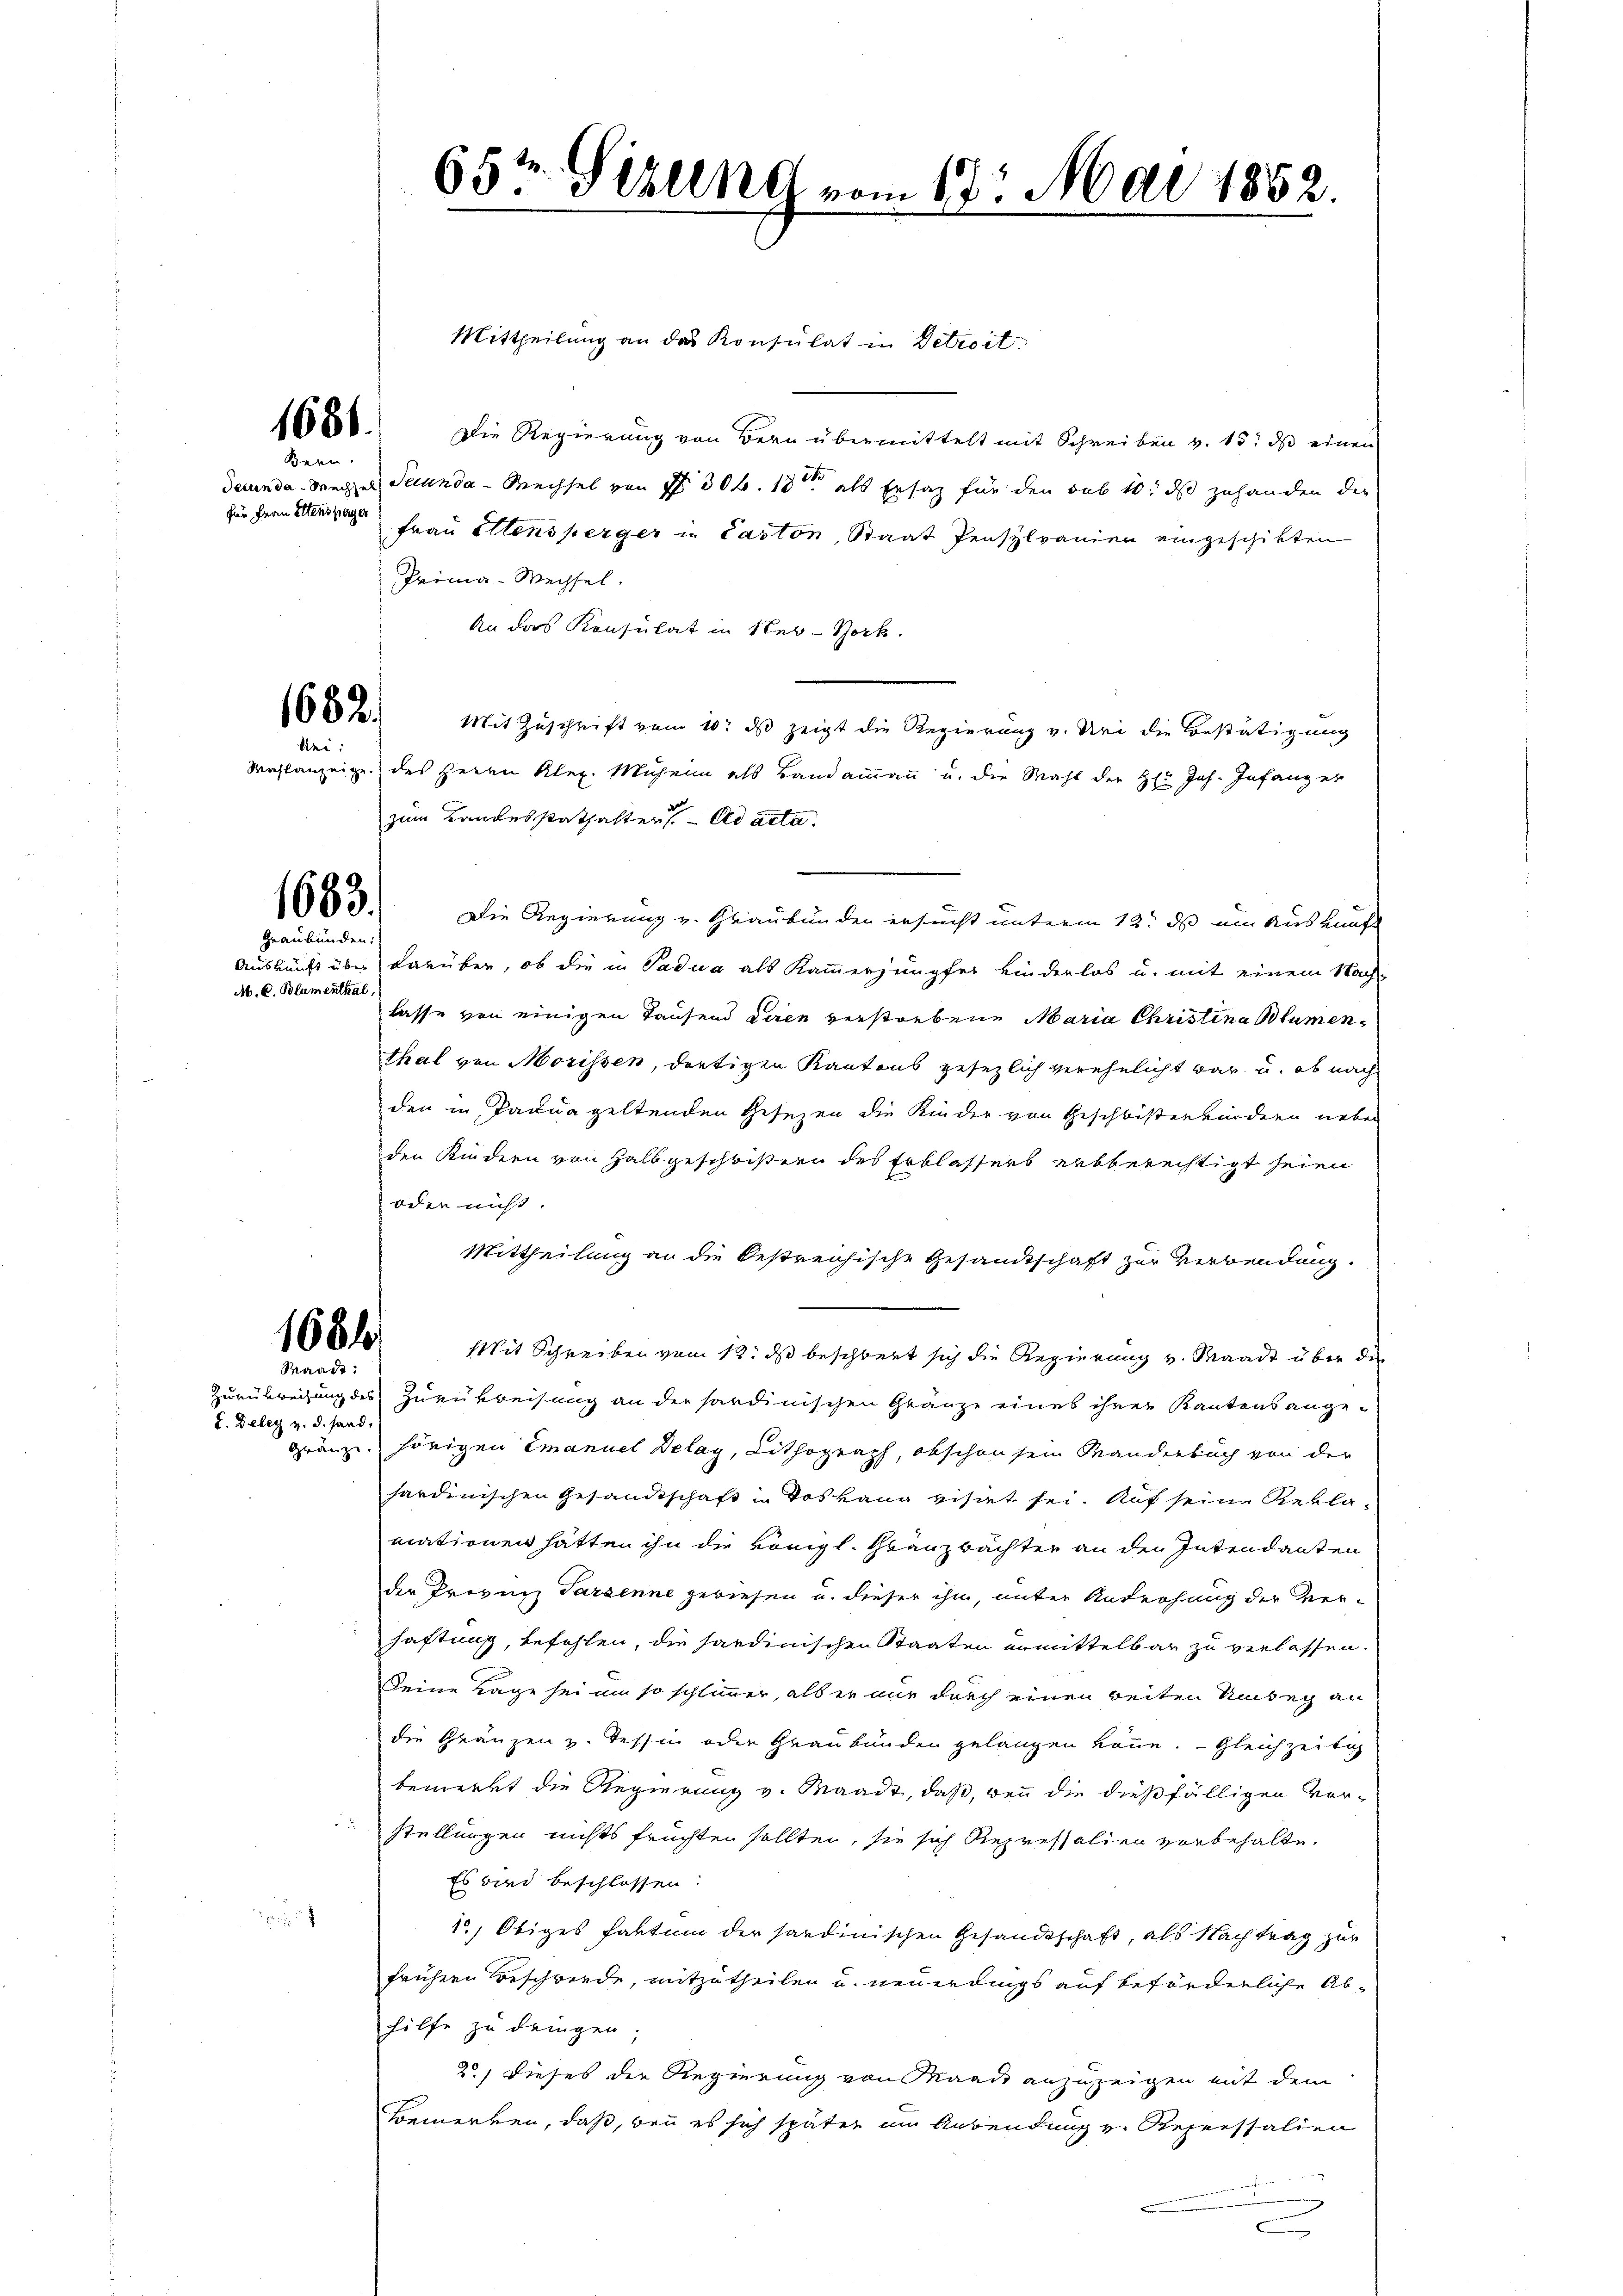
1681.
Bern.

für Frau Ellenspager

1682.
bei:

1683.

Graubünden:
M. C. Blumenthal,

1684
Waadt:

L. Deley z. d. fand.

¬

Mittheilung an das Konsulat in Detrost.
Die Regierung von Bern übermittelt mit Schreiben v. 15. ds einen
decunda Wegel Secunda - Wechsel von 7 30 f. 18ten als Ersatz für den sub 10. ds zuhanden der
Frau Ettensperger in Paston, Staat Pensplanien eingeschikten
Prima-Wechsel.
An das Konsulat in New-York
Mit Zuschrift vom 10. ds zeigt die Regierung v. Uri die Bestätigung
Wahlanzeige des Herrn Kleg. Muhein als Bandammann u. die Wahl der H: Joh. Infang er
zum Landesstathalten ad acta.
e
Die Regierung v. Graubünden ersucht unterm 12t ds ein Auskauft
Auskunft über darüber, ob die in Padua als Kammerjungfer kinderlos u. mit einem Nach-
lasse von einigen Tausend deren verstorbene Maria Christina Blumenthal von Morissen, dortigen Kantons gesezlich verehelicht war u. ob nach
den in Paduageltenden Gesezen die Kinder von Geschwisterkindern neben
den Kindern von Halbgeschwistern des Erblassers erbberechtigt seien
oder nicht.
Mittheilung an die bestreichische Gesandtschaft zur Verwendung.
Mit Schreiben vom 12. ds beschwert sich die Regierung v. Waadt über die
Zurükweisung des Zurükreisung an der sandinischen Gränze eines ihrer Kantonsangegränze. hörigen Emanuel Delay, Lithograph, obschon sein Manderbuch von der
sardinischen Gesandtschaft in das hang visirt sei. Auf seine Reklamationen hatten ihn die königl. Grauzbachter an den Intendanten
der Provinz Parzenne gewiesen u. dieser ihm, unter Androhung der ver-
haftung, befehlen, die sardinischen Staaten ermittelbar zu verlassen.
Deine Tage sei in so schlimmer, als er nur durch einen beiten Unbeg an
die Gränzen u. Tessin oder Graubünden gelangen könne. Gleichzeitig
bemerkt die Regierung v. Waadt, daß, wenn die dießfälligen Vor-
stellungen nichts früchten sollten, sie sich Repressalien vorbehalte.
Es wird beschlossen:
1, Obiges faktum der sardinischen Gesandtschaft, als Nachtrag zur
frühern Beschwerde, mitzutheilen u. neuerdings auf beförderliche Ab-
hilfe zu dringen;
2) Dieses der Regierung von Waadt anzuzeigen mit dem
Bemerken, daß, bei es sich später im Anwendung v. Reperssalien
C

65t Sizung vom 17. Mai 1852.